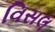
વિસલ